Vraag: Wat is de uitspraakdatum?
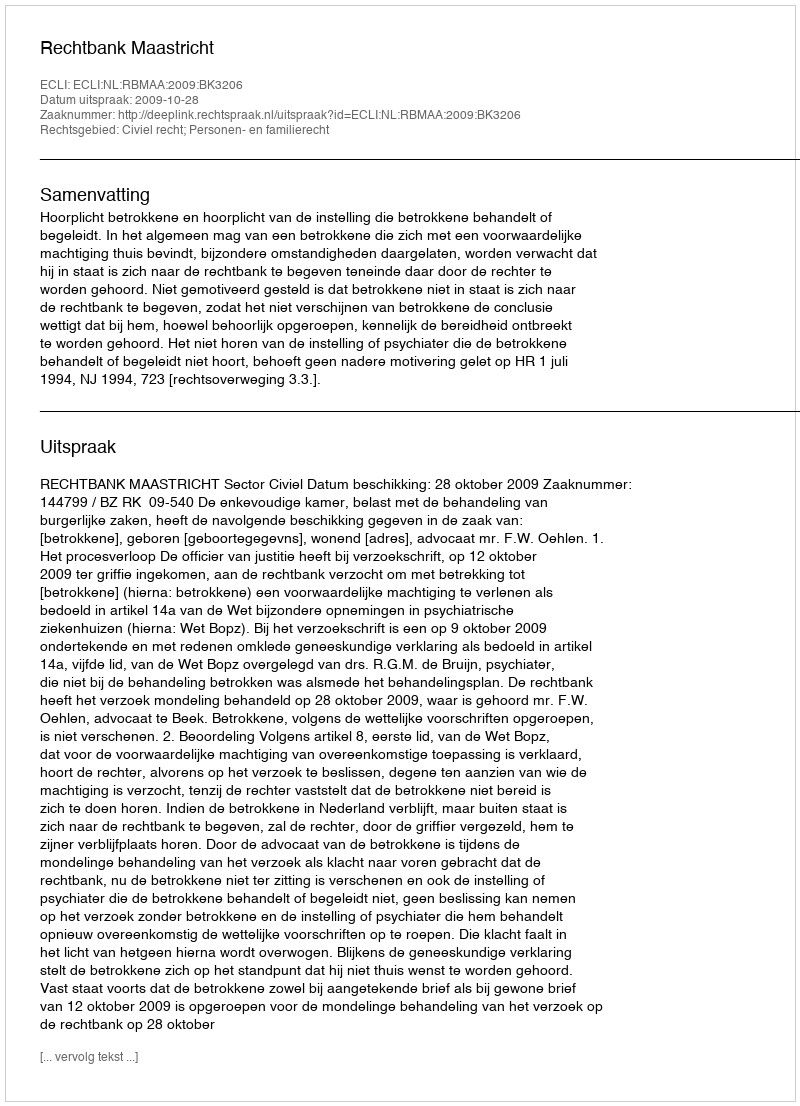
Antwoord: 2009-10-28